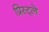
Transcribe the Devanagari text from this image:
प्रिस्ट्ले